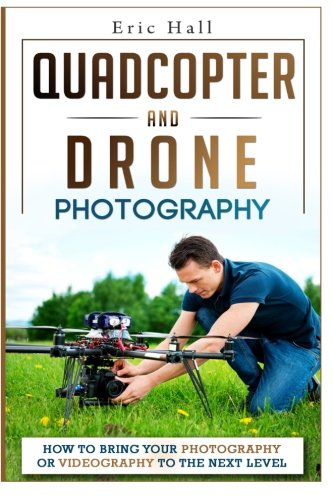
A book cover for Quadcopter and Drone Photography: How to Bring Your Photography or Videography to the Next Level; Eric Hall; Arts & Photography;